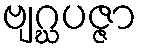
ဗျဂ္ဃပဇ္ဇာ